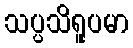
သပ္ပသိရူပမာ